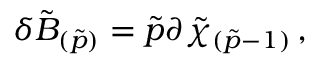
\delta \tilde { B } _ { ( \tilde { p } ) } = \tilde { p } \partial \tilde { \chi } _ { ( \tilde { p } - 1 ) } \, ,